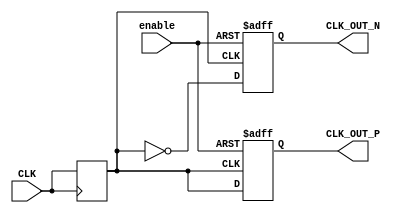
module differential_clock_buffer (
    input wire CLK,          // Single-ended clock input
    input wire enable,       // Enable signal to activate the buffer
    output wire CLK_OUT_P,   // Positive differential output
    output wire CLK_OUT_N    // Negative differential output
);

    // Parameters for clock frequency and duty cycle settings (adjust as needed)
    parameter real DUTY_CYCLE = 0.5; // 50% duty cycle
    parameter integer CLOCK_PERIOD = 10; // Clock period in time units (e.g., ns)

    // Internal signals for the clock generation
    reg CLK_reg;
    reg CLK_OUT_P_reg;
    reg CLK_OUT_N_reg;

    // Generate the clock signal based on input CLK
    always @(posedge CLK) begin
        // Update the internal clock register
        CLK_reg <= CLK;
    end

    // Generate differential outputs based on the enabled state
    always @(posedge CLK_reg or negedge enable) begin
        if (!enable) begin
            // Power-down mode: set outputs to zero (or a defined state)
            CLK_OUT_P_reg <= 1'b0;
            CLK_OUT_N_reg <= 1'b0;
        end else begin
            // Generate the differential clock outputs
            CLK_OUT_P_reg <= CLK_reg;                       // Positive output follows the clock
            CLK_OUT_N_reg <= ~CLK_reg;                      // Negative output is the inverse
        end
    end

    // Assign the registered outputs to the output ports
    assign CLK_OUT_P = CLK_OUT_P_reg;
    assign CLK_OUT_N = CLK_OUT_N_reg;

endmodule